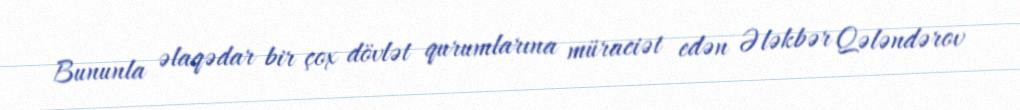
Bununla əlaqədar bir çox dövlət qurumlarına müraciət edən Ələkbər Qələndərov